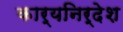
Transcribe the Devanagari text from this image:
कार्यनिर्देश